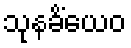
သုနခိံယေဝ